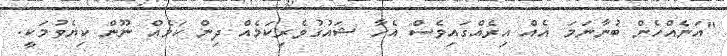
"އަނެއްހެން ބުނާނަމަ އެއް އިރެއްގައިވެސް އެހާ ޝައުގުވެރިކަމެއް ދިން ކަމެއް ނޫން ކިޔެވުމަކީ.